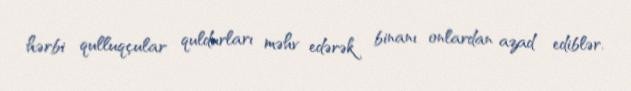
hərbi qulluqçular quldurları məhv edərək binanı onlardan azad ediblər.